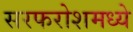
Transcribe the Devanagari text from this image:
सरफरोशमध्ये